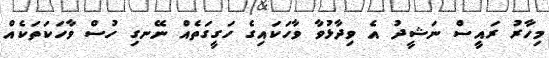
މިހާރު ރައީސް ނަޝީދު އެ ވިދާޅުވާ ވާހަކައިގެ ހަގީގަތެއް ނޭނގި ހުސް ވާހަކަތަކެއް